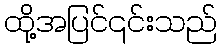
ထို့အပြင်၎င်းသည်